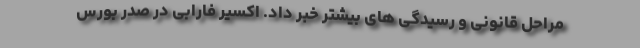
مراحل قانونی و رسیدگی های بیشتر خبر داد. اکسیر فارابی در صدر بورس